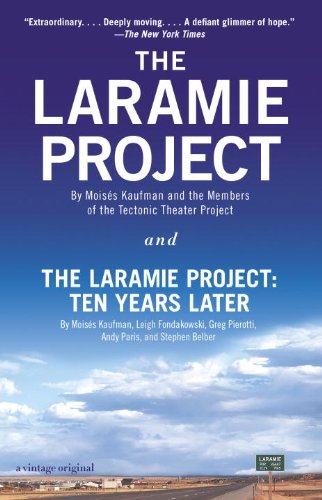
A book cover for The Laramie Project and The Laramie Project: Ten Years Later; Moises Kaufman; Literature & Fiction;